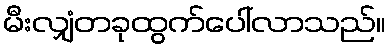
မီးလျှံတခုထွက်ပေါ်လာသည်။